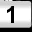
Digit: 1